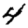
Digit: 4